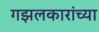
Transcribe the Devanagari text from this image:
गझलकारांच्या